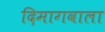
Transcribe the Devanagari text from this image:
दिमागवाला